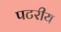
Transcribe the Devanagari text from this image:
पटरीय